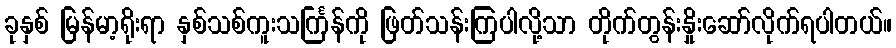
ခုနှစ် မြန်မာ့ရိုးရာ နှစ်သစ်ကူးသင်္ကြန်ကို ဖြတ်သန်းကြပါလို့သာ တိုက်တွန်းနှိုးဆော်လိုက်ရပါတယ်။